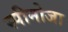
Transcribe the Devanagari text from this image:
स्पीनोजा